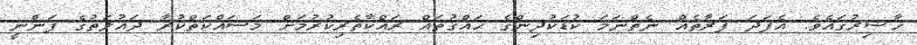
ހާޟިރުގައެވެ. އެފަދަ ފަރާތެއް ނެތްނަމަ ކުޑަކުދިންގެ ޙައްޤުތައް ރައްކާތެރިކުރުމަށް މަސައްކަތްކުރާ ދައުލަތުގެ ފަންނީ